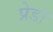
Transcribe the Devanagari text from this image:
प्रेडा